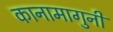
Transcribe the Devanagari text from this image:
कानामागुनी